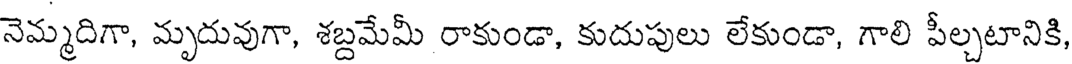
నెమ్మదిగా, మృదువుగా, శబ్దమేమీ రాకుండా, కుదుపులు లేకుండా, గాలి పీల్చటానికి